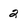
Character: 2